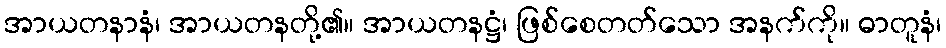
အာယတနာနံ၊ အာယတနတို့၏။ အာယတနဋ္ဌံ၊ ဖြစ်စေတတ်သော အနက်ကို။ ဓာတူနံ၊